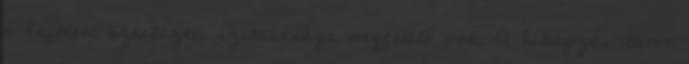
a hajótest szerkezeti szilárdsága megfelelő volt. A hiányzó, illetve